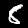
Label: 8